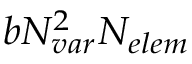
b \ensuremath { N _ { v a r } } ^ { 2 } \ensuremath { N _ { e l e m } }